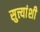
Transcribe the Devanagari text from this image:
सुत्त्यांशी